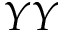
Y Y